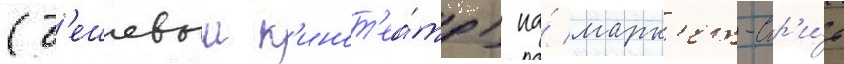
(д'ешевыи к'инот'еа́тр) на́ марк'ет-стр'и́т